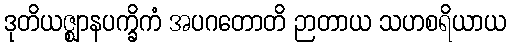
ဒုတိယဇ္ဈာနပက္ခိကံ အပဂတောတိ ဉာတာယ သဟစရိယာယ